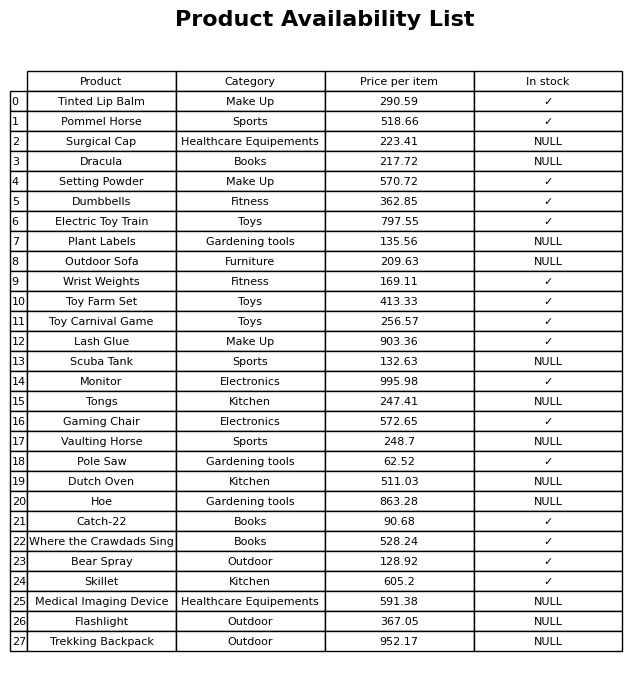
question: What is the price of the Toy Farm Set?
answer: The price of Toy Farm Set is 413.33.